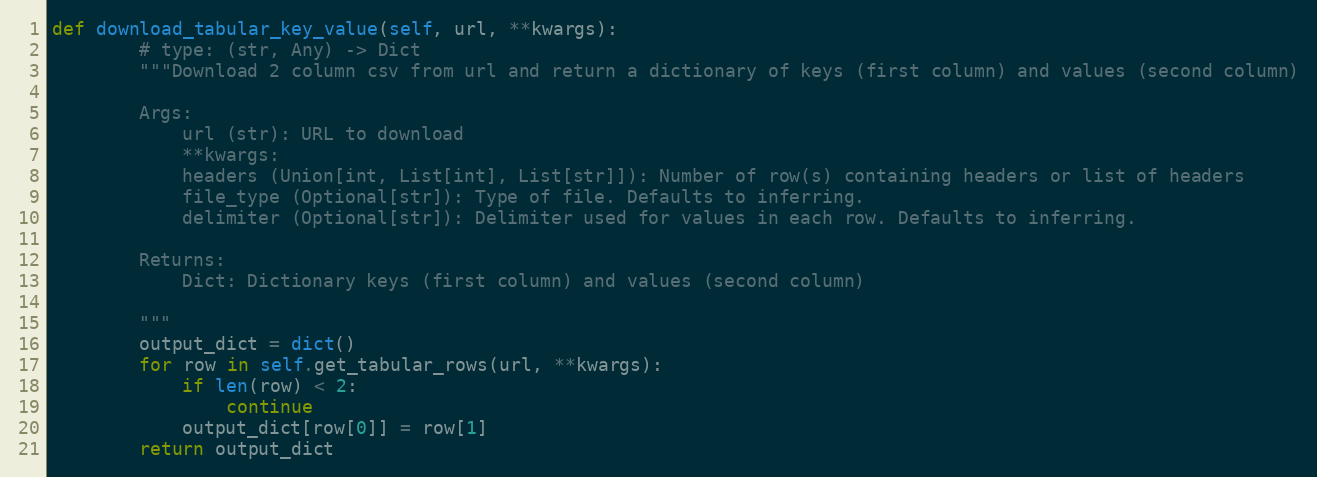
Language: Python
def download_tabular_key_value(self, url, **kwargs):
        # type: (str, Any) -> Dict
        """Download 2 column csv from url and return a dictionary of keys (first column) and values (second column)

        Args:
            url (str): URL to download
            **kwargs:
            headers (Union[int, List[int], List[str]]): Number of row(s) containing headers or list of headers
            file_type (Optional[str]): Type of file. Defaults to inferring.
            delimiter (Optional[str]): Delimiter used for values in each row. Defaults to inferring.

        Returns:
            Dict: Dictionary keys (first column) and values (second column)

        """
        output_dict = dict()
        for row in self.get_tabular_rows(url, **kwargs):
            if len(row) < 2:
                continue
            output_dict[row[0]] = row[1]
        return output_dict